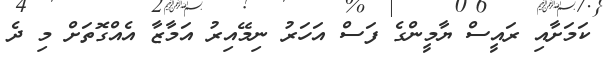
ކަމަށާއި ރައީސް ޔާމީންގެ ފަސް އަހަރު ނިމޭއިރު އަމާޒާ އެއްގޮތަށް މި ދެ